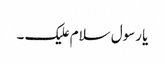
یا رسول سلام علیک ۔